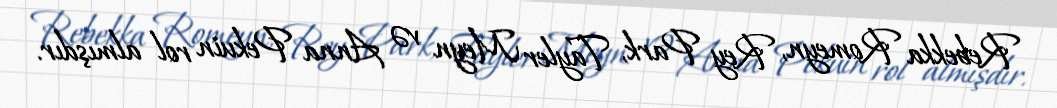
Rebekka Romeyn, Rey Park, Tayler Meyn və Anna Pekuin rol almışdır.